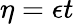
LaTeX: \eta=\epsilon t